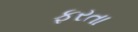
ફરતા